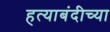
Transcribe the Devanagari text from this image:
हत्याबंदीच्या